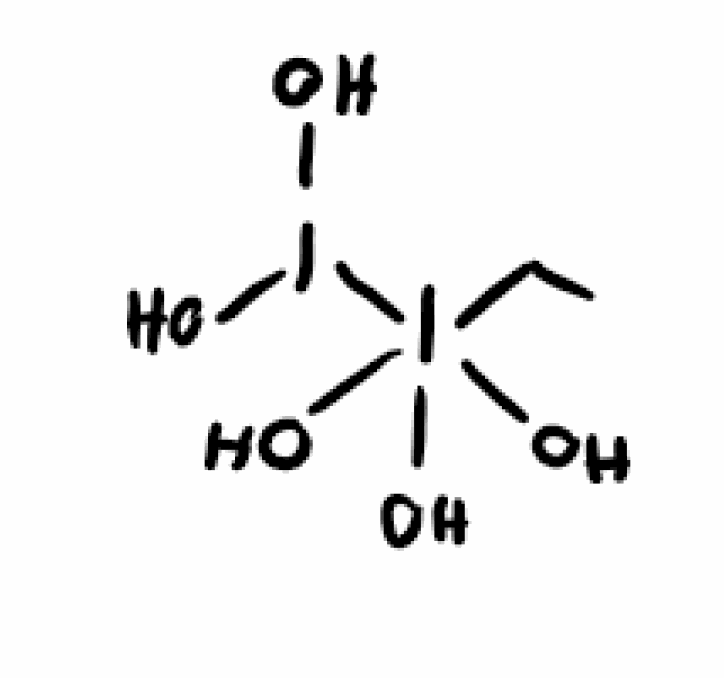
Simplified molecular-input line-entry system (SMILES) notation of the given molecule:
CCI(O)(O)(O)I(O)O